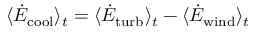
\langle \dot { E } _ { \mathrm { c o o l } } \rangle _ { t } = \langle \dot { E } _ { \mathrm { t u r b } } \rangle _ { t } - \langle \dot { E } _ { \mathrm { w i n d } } \rangle _ { t }